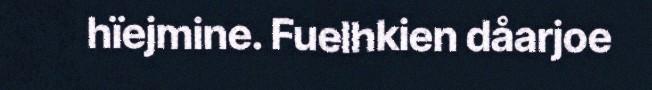
hïejmine. Fuelhkien dåarjoe